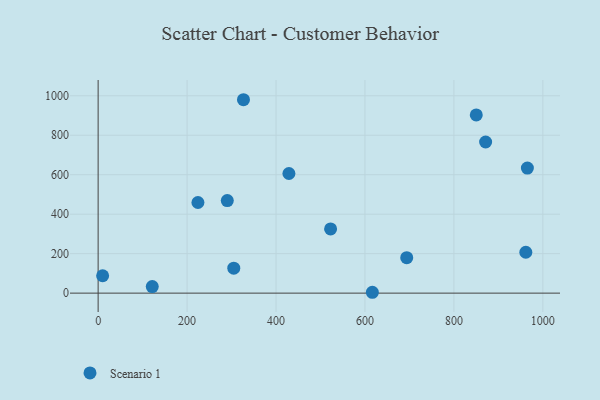
{"axis": {"x": "Distance", "y": "Sales"}, "legend": ["Scenario 1"], "data": [{"x": "693.9", "y": 179.5, "type": "Scenario 1"}, {"x": "290.4", "y": 468.9, "type": "Scenario 1"}, {"x": "121.7", "y": 33.3, "type": "Scenario 1"}, {"x": "616.6", "y": 4.4, "type": "Scenario 1"}, {"x": "871.3", "y": 765.7, "type": "Scenario 1"}, {"x": "10.1", "y": 88.2, "type": "Scenario 1"}, {"x": "965.2", "y": 633.8, "type": "Scenario 1"}, {"x": "224.4", "y": 459.2, "type": "Scenario 1"}, {"x": "961.7", "y": 207.3, "type": "Scenario 1"}, {"x": "850.3", "y": 903.0, "type": "Scenario 1"}, {"x": "326.8", "y": 980.0, "type": "Scenario 1"}, {"x": "522.7", "y": 325.3, "type": "Scenario 1"}, {"x": "429.0", "y": 606.1, "type": "Scenario 1"}, {"x": "305.0", "y": 126.6, "type": "Scenario 1"}]}